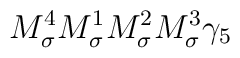
M_\sigma^4M_\sigma^1M_\sigma^2M_\sigma^3\gamma_5